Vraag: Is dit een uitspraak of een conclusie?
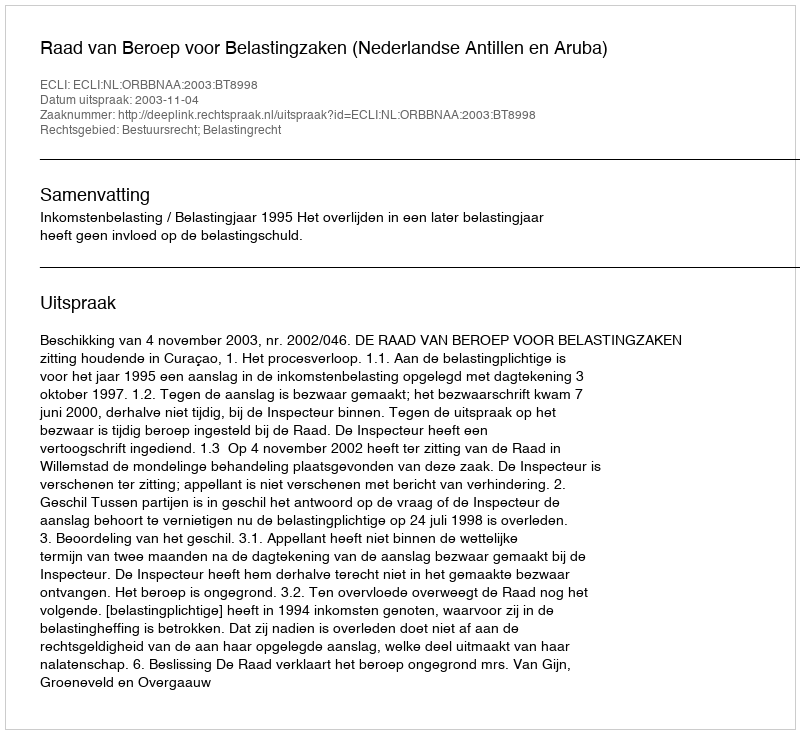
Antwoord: Uitspraak